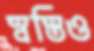
স্বস্তিও